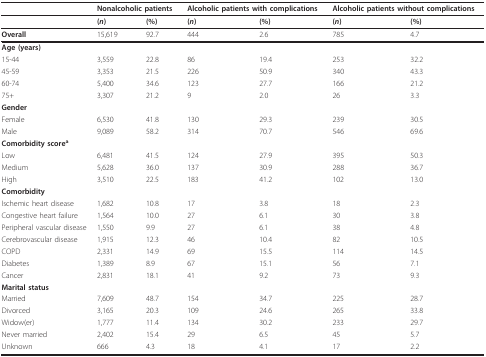
<table><thead><tr><td></td><td colspan="2"><b>Nonalcoholic patients</b></td><td colspan="2"><b>Alcoholic patients with complications</b></td><td colspan="2"><b>Alcoholic patients without complications</b></td></tr></thead><tbody><tr><td></td><td><b>(<i>n</i>)</b></td><td><b>(%)</b></td><td><b>(<i>n</i>)</b></td><td><b>(%)</b></td><td><b>(<i>n</i>)</b></td><td><b>(%)</b></td></tr><tr><td><b>Overall</b></td><td>15,619</td><td>92.7</td><td>444</td><td>2.6</td><td>785</td><td>4.7</td></tr><tr><td><b>Age (years)</b></td><td></td><td></td><td></td><td></td><td></td><td></td></tr><tr><td>15-44</td><td>3,559</td><td>22.8</td><td>86</td><td>19.4</td><td>253</td><td>32.2</td></tr><tr><td>45-59</td><td>3,353</td><td>21.5</td><td>226</td><td>50.9</td><td>340</td><td>43.3</td></tr><tr><td>60-74</td><td>5,400</td><td>34.6</td><td>123</td><td>27.7</td><td>166</td><td>21.2</td></tr><tr><td>75+</td><td>3,307</td><td>21.2</td><td>9</td><td>2.0</td><td>26</td><td>3.3</td></tr><tr><td><b>Gender</b></td><td></td><td></td><td></td><td></td><td></td><td></td></tr><tr><td>Female</td><td>6,530</td><td>41.8</td><td>130</td><td>29.3</td><td>239</td><td>30.5</td></tr><tr><td>Male</td><td>9,089</td><td>58.2</td><td>314</td><td>70.7</td><td>546</td><td>69.6</td></tr><tr><td><b>Comorbidity score<sup>a</sup></b></td><td></td><td></td><td></td><td></td><td></td><td></td></tr><tr><td>Low</td><td>6,481</td><td>41.5</td><td>124</td><td>27.9</td><td>395</td><td>50.3</td></tr><tr><td>Medium</td><td>5,628</td><td>36.0</td><td>137</td><td>30.9</td><td>288</td><td>36.7</td></tr><tr><td>High</td><td>3,510</td><td>22.5</td><td>183</td><td>41.2</td><td>102</td><td>13.0</td></tr><tr><td><b>Comorbidity</b></td><td></td><td></td><td></td><td></td><td></td><td></td></tr><tr><td>Ischemic heart disease</td><td>1,682</td><td>10.8</td><td>17</td><td>3.8</td><td>18</td><td>2.3</td></tr><tr><td>Congestive heart failure</td><td>1,564</td><td>10.0</td><td>27</td><td>6.1</td><td>30</td><td>3.8</td></tr><tr><td>Peripheral vascular disease</td><td>1,550</td><td>9.9</td><td>27</td><td>6.1</td><td>38</td><td>4.8</td></tr><tr><td>Cerebrovascular disease</td><td>1,915</td><td>12.3</td><td>46</td><td>10.4</td><td>82</td><td>10.5</td></tr><tr><td>COPD</td><td>2,331</td><td>14.9</td><td>69</td><td>15.5</td><td>114</td><td>14.5</td></tr><tr><td>Diabetes</td><td>1,389</td><td>8.9</td><td>67</td><td>15.1</td><td>56</td><td>7.1</td></tr><tr><td>Cancer</td><td>2,831</td><td>18.1</td><td>41</td><td>9.2</td><td>73</td><td>9.3</td></tr><tr><td><b>Marital status</b></td><td></td><td></td><td></td><td></td><td></td><td></td></tr><tr><td>Married</td><td>7,609</td><td>48.7</td><td>154</td><td>34.7</td><td>225</td><td>28.7</td></tr><tr><td>Divorced</td><td>3,165</td><td>20.3</td><td>109</td><td>24.6</td><td>265</td><td>33.8</td></tr><tr><td>Widow(er)</td><td>1,777</td><td>11.4</td><td>134</td><td>30.2</td><td>233</td><td>29.7</td></tr><tr><td>Never married</td><td>2,402</td><td>15.4</td><td>29</td><td>6.5</td><td>45</td><td>5.7</td></tr><tr><td>Unknown</td><td>666</td><td>4.3</td><td>18</td><td>4.1</td><td>17</td><td>2.2</td></tr></tbody></table>